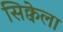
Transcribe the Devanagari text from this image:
सिक्वेला